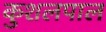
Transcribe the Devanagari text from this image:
कुशलपाल